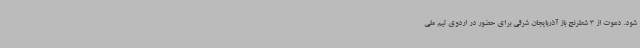
شود. دعوت از 3 شطرنج باز آذربایجان شرقی برای حضور در اردوی تیم ملی